Investigations on Bengal jail dietaries - Number 37
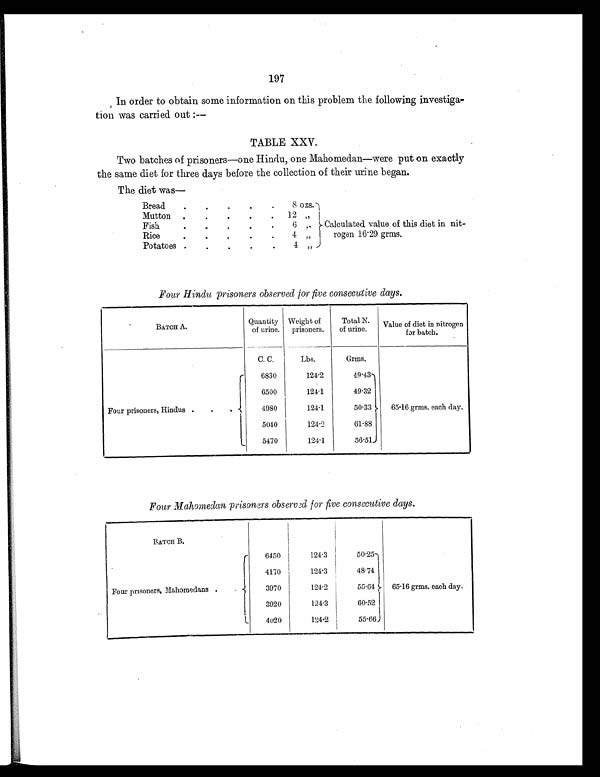
197
In order to obtain some information on this problem the following investiga-
tion was carried out:—
TABLE XXV.
Two batches of prisoners—one Hindu, one Mahomedan—were put on exactly
the same diet for three days before the collection of their urine began.
The diet was—
Bread
.
.
.
.
.
8 ozs.
Calculated value of this diet in nit-
r o g e n 1 6 . 2 9 g r m s .
Mutton
.
.
.
.
. 12
„
Fish
.
.
.
.
.
6 „
Rice
.
.
.
.
.
4 „
Potatoes
.
.
.
.
.
4
„
Four Hindu prisoners observed for five consecutive days.
B A T C H A .
Quantity
of urine.
Weight of
prisoners.
Total N.
of urine.
Value of diet in nitrogen
f o r b a t c h .
C. C.
L b s .
Grms.
Four prisoners, Hindus
.
.
.
6830
124.2
49.43
65.16 grms. each day.
6500
124.1
49.32
4980
124.1
50.33
5040
124.2
61.88
5470
124.1
56.51
Four Mahomedan prisoners observed for five consecutive days.
B A T C H B .
Four prisoners, Mahomedans
.
.
6450
124.3
50.25
65.16 grms. each day.
4170
124.3
48.74
3970
124.2
55.64
3920
124.3
60.52
4020
124.2
55.66